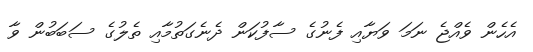
އެހެން ވެއްޖެ ނަމަ ވަޔާއި ފެނުގެ ސާފުކަން ދެނެގަތުމާއި ތެލުގެ ސަބަބުން ވާ